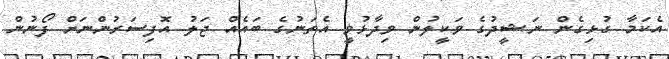
އެކަމާ ގުޅިގެން ނަޝީދުގެ ވަކީލުން ވިދާޅުވީ އެތަނުގެ ބައެއް ޖަލު އޮފިސަރުންނަށް ފޯނުން